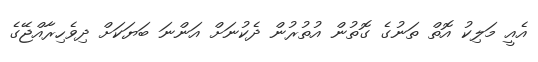
އެއީ މަލިކު އޮތް ތަނުގެ ގޮތުން އުތުރުން ދެކުނަށް އަންނަ ބަޔަކަށް ދިވެހިރާއްޖޭގެ